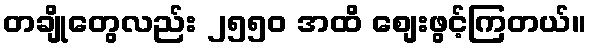
တချိုတွေလည်း ၂၅၅၀ အထိ စျေးဖွင့်ကြတယ်။